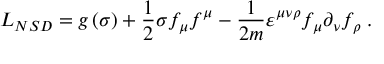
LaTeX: { \cal L } _ { N S D } = g \left( \sigma \right) + \frac 1 { 2 } \sigma f _ { \mu } f ^ { \mu } - \frac 1 { 2 m } \varepsilon ^ { \mu \nu \rho } f _ { \mu } \partial _ { \nu } f _ { \rho } \; .